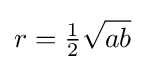
r={\tfrac {1}{2}}{\sqrt {ab}}